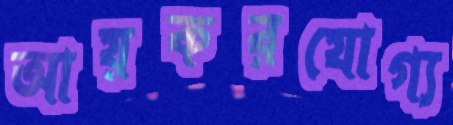
আয়করযোগ্য